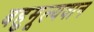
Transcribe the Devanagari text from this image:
बहुमूल्यवान